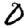
Digit: 0